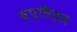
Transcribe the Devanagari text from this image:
स्प्लिट्स